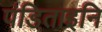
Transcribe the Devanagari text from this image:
पंडिताइनि